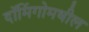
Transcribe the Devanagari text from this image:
दॉमिंगोमधील